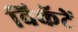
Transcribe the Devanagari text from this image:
विकॅटें